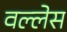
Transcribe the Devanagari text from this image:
वल्लेस